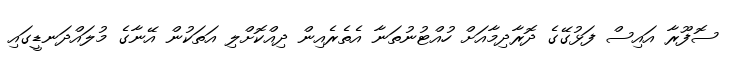
ސޮފޫރާ އައިސް ފަޅުގޭގެ ދޮރާދިމާއަށް ހުއްޓުނުތަނާ އެތެރެއިން ދިއްކޮށްލި އަތަކުން އޭނާގެ މުލައްދަނޑީގައި